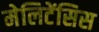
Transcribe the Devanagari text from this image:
मेलिटेंसिस